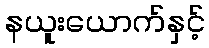
နယူးယောက်နှင့်